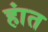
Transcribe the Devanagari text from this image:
हांत